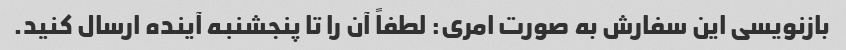
بازنویسی این سفارش به صورت امری: لطفاً آن را تا پنجشنبه آینده ارسال کنید.